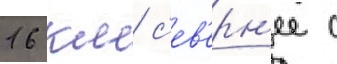
16 км с'ев'ерн'ее с